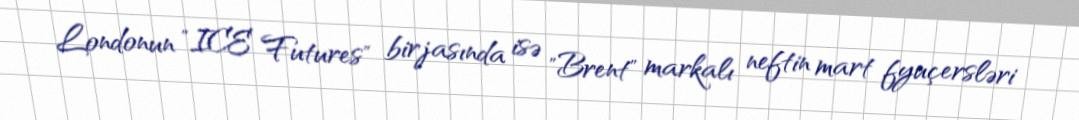
Londonun "ICE Futures" birjasında isə "Brent" markalı neftin mart fyuçersləri